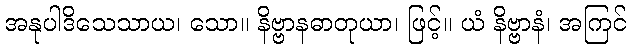
အနုပါဒိသေသာယ၊ သော။ နိဗ္ဗာနဓာတုယာ၊ ဖြင့်။ ယံ နိဗ္ဗာနံ၊ အကြင်